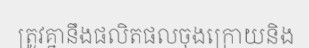
ត្រូវគ្នានឹងផលិតផលចុងក្រោយនិង